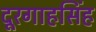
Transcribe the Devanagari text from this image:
दूरगाहसिंह